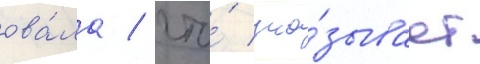
ова́ла / что́ ука́зывает